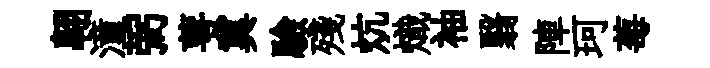
翺潼弼萼冀驗殘炕熾袖翳陣珂莓